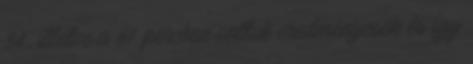
34., illetve a 61. percben voltak eredményesek és így